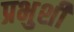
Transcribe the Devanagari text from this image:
प्रभुशी